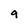
Character: 9